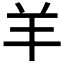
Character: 羊